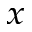
_ x